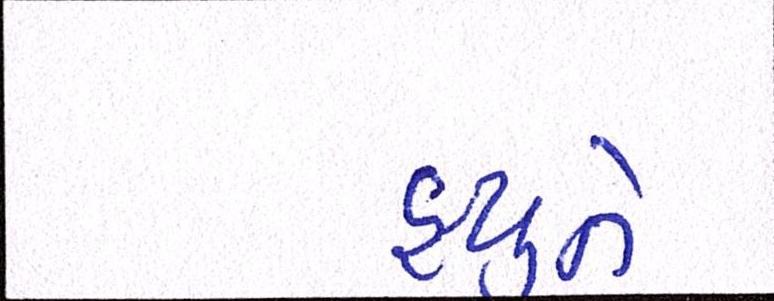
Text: હ્યુને